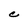
Character: C